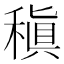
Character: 稹